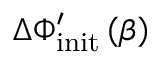
\Delta \Phi _ { \mathrm { i n i t } } ^ { \prime } \left( \beta \right)